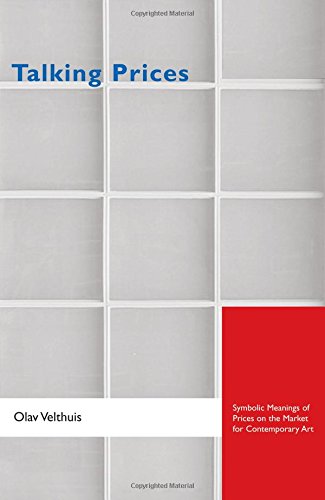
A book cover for Talking Prices: Symbolic Meanings of Prices on the Market for Contemporary Art (Princeton Studies in Cultural Sociology); Olav Velthuis; Arts & Photography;